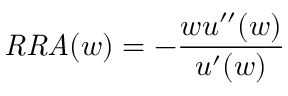
{ \mathit { R R A } } ( w ) = - { \frac { w u ^ { \prime \prime } ( w ) } { u ^ { \prime } ( w ) } }